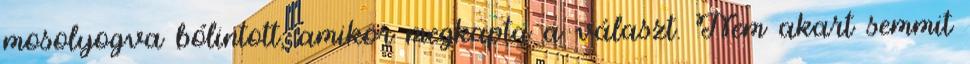
mosolyogva bólintott, amikor megkapta a választ. Nem akart semmit